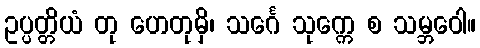
ဥပ္ပတ္တိယံ တု ဟေတုမှိ၊ သင်္ဂေ သုက္ကေ စ သမ္ဘဝေါ။